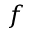
f